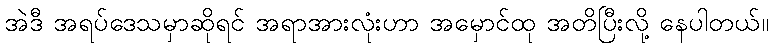
အဲဒီ အရပ်ဒေသမှာဆိုရင် အရာအားလုံးဟာ အမှောင်ထု အတိပြီးလို့ နေပါတယ်။